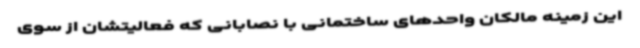
این زمینه مالکان واحدهای ساختمانی با نصابانی که فعالیتشان از سوی